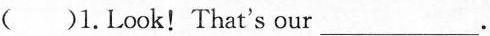
( )1.Look! That's our ___.